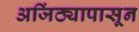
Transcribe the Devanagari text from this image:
अजिंठ्यापासून